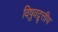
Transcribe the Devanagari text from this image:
विषुवद्वृत्तीय